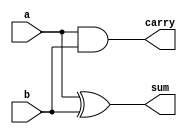
module HA(a,b,sum,carry);
input a,b;
output sum,carry;
assign sum=a^b;
assign carry=a&b;
endmodule



module FA(a,b,cin,sum,carry);
input a,b,cin;
output sum,carry;
wire T1,T2,T3;
xor(sum,a,b,cin);
and(T1,a,b);
and(T2,a,cin);
and(T3,b,cin);
or(carry,T3,T2,T1);
endmodule


`timescale 1ns / 1ps

module wallace1(output reg [7:0] product, input [7:0] x, y, input clock);

reg p [7:0][7:0];

wire [21:1] fs ,fc;

wire [10:1] hs, hc;

integer i,j;

always@(y, x)

begin

for ( i = 0; i <= 7; i = i + 1)

for ( j = 0; i + j <= 7; j = j + 1)

p[i][j] <= x[i] & y[j];

end
///////////////////////////////////////////////////////////////////////////////////
HA ha_1 ( .sum(hs[1]), .carry(hc[1]), .a(p[1][0]), .b( p[0][1]));

FA fa_1 ( .sum(fs[1]), .carry(fc[1]), .a(p[2][0]), .b( p[1][1]), .cin( p[0][2] ) );

FA fa_2 ( .sum(fs[2]), .carry(fc[2]), .a(p[2][1]), .b( p[0][3]), .cin( p[1][2] ) );

FA fa_3 ( .sum(fs[3]), .carry(fc[3]), .a(p[0][4]), .b( p[1][3]), .cin( p[2][2] ) );

HA ha_2 ( .sum(hs[2]), .carry(hc[2]), .a(p[3][1]), .b( p[4][0]));

FA fa_4 ( .sum(fs[4]), .carry(fc[4]), .a(p[0][5]), .b( p[1][4]), .cin( p[2][3] ) );

FA fa_5 ( .sum(fs[5]), .carry(fc[5]), .a(p[3][2]), .b( p[4][1]), .cin( p[5][0] ) );

FA fa_6 ( .sum(fs[6]), .carry(fc[6]), .a(p[0][6]), .b( p[1][5]), .cin( p[2][4] ) );

FA fa_7 ( .sum(fs[7]), .carry(fc[7]), .a(p[3][3]), .b( p[4][2]), .cin( p[5][1] ) );

FA fa_8 ( .sum(fs[8]), .carry(fc[8]), .a(p[0][7]), .b( p[1][6]), .cin( p[2][5] ) );

FA fa_9 ( .sum(fs[9]), .carry(fc[9]), .a(p[3][4]), .b( p[4][3]), .cin( p[5][2] ) );
///////////////////////////////////////////////////////////////////////////////////
HA ha_3 ( .sum(hs[3]), .carry(hc[3]), .a(hc[1]), .b( fs[1]));

FA fa_10 ( .sum(fs[10]), .carry(fc[10]), .a(fc[1]), .b( fs[2]), .cin( p[3][0] ) );

FA fa_11 ( .sum(fs[11]), .carry(fc[11]), .a(fc[2]), .b( fs[3]), .cin( hs[2] ) );

FA fa_12 ( .sum(fs[12]), .carry(fc[12]), .a(fc[3]), .b( hc[2]), .cin( fs[4] ) );

FA fa_13 ( .sum(fs[13]), .carry(fc[13]), .a(fc[4]), .b( fc[5]), .cin( fs[6] ) );

HA ha_4 ( .sum(hs[4]), .carry(hc[4]), .a(fs[7]), .b( p[6][0]));

FA fa_14 ( .sum(fs[14]), .carry(fc[14]), .a(fc[6]), .b( fc[7]), .cin( fs[8] ) );

FA fa_15 ( .sum(fs[15]), .carry(fc[15]), .a(fs[9]), .b( p[6][1]), .cin( p[7][0] ) );
///////////////////////////////////////////////////////////////////////////////////
HA ha_5 ( .sum(hs[5]), .carry(hc[5]), .a(hc[3]), .b( fs[10]));

HA ha_6 ( .sum(hs[6]), .carry(hc[6]), .a(fc[10]), .b( fs[11]));

FA fa_16 ( .sum(fs[16]), .carry(fc[16]), .a(fc[11]), .b( fs[12]), .cin( fs[5] ) );

FA fa_17 ( .sum(fs[17]), .carry(fc[17]), .a(fc[12]), .b( fs[13]), .cin( hs[4] ) );

FA fa_18 ( .sum(fs[18]), .carry(fc[18]), .a(fc[13]), .b( hc[4]), .cin( fs[14] ) );
///////////////////////////////////////////////////////////////////////////////////
HA ha_7 ( .sum(hs[7]), .carry(hc[7]), .a(hc[5]), .b( hs[6]));

HA ha_8 ( .sum(hs[8]), .carry(hc[8]), .a(hc[6]), .b( fs[16]));

HA ha_9 ( .sum(hs[9]), .carry(hc[9]), .a(fc[16]), .b( fs[17]));

FA fa_19 ( .sum(fs[19]), .carry(fc[19]), .a(fc[17]), .b( fs[18]), .cin( fs[15] ) );
///////////////////////////////////////////////////////////////////////////////////
HA ha_10 ( .sum(hs[10]), .carry(hc[10]), .a(hc[7]), .b( hs[8]));

FA fa_20 ( .sum(fs[20]), .carry(fc[20]), .a(hc[10]), .b( hc[8]), .cin( hs[9] ) );

FA fa_21 ( .sum(fs[21]), .carry(fc[21]), .a(fc[20]), .b( hc[9]), .cin( fs[19] ) );



always@(posedge clock)
begin

product <={fs[21],fs[20],hs[10],hs[7],hs[5],hs[3],hs[1],p[0][0]};
end

endmodule

module testbench;
 
 reg clock;
 reg [7:0]x;
 reg [7:0]y;
 wire [7:0]product;
 wallace1 wall(product,x,y,clock);

 initial 
    begin
        clock = 1'b0;
        x = 8'b11111110;
        y = 8'b00000110;
    end
always 
    #1 clock = ~clock;

initial
    begin
        #6 x = 8'b00000110;
        #0 y = 8'b00000110;
        #6 x = 8'b00000100;
        #6 x = 8'b00000101;
        #0 y = 8'b11111111;
        #6 x = 8'b00000000;
        #6 x = 8'b00000001;
        #0 y = 8'b00000010;
        #6 $finish;
    end
initial 
    begin
        $dumpfile("wallace.vcd");
        $dumpvars;
    end


endmodule